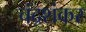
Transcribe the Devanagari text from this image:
चंद्रशंकर